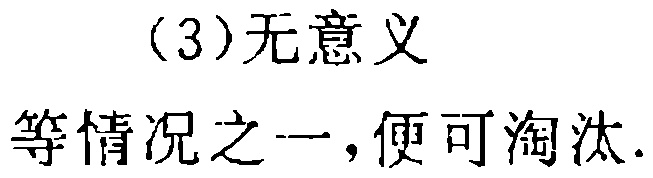
（3）无意义
等情况之一，便可淘汰.